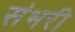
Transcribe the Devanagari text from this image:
संभरी